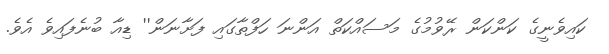
ކައިވެނީގެ ކަންކަން ރޭވުމުގެ މަސައްކަތް އަންނަ ހަފްތާގައި ފަށާނަން'' ޑިއާ ބުނެފައިވެ އެވެ.